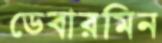
ডেবারমিন